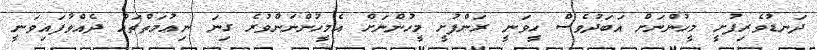
ދަނޑުވެރިފުށީ މީހުންނަށް އަބަދުވެސް ހީވަނީ ރަންފުށީ މީހުންނަށް އެމީހުންނަންވުރެ ގިނަ ނިޢުމަތްތައް ދެއްވާފައިވަނީ